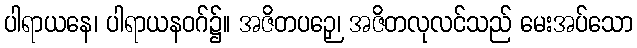
ပါရာယနေ၊ ပါရာယနဝဂ်၌။ အဇိတပဉှေ၊ အဇိတလုလင်သည် မေးအပ်သော